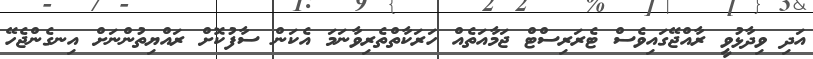
އަދި ވިދާޅުވީ ރާއްޖޭގައިވެސް ޓެރަރިސްޓް ޖަމާއަތެއް ހަރަކާތްތެރިވާނަމަ އެކަން ސާފުކޮށް ރައްޔިތުންނަށް އިނގެންޖެހޭ